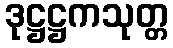
ဒုဋ္ဌဋ္ဌကသုတ္တ